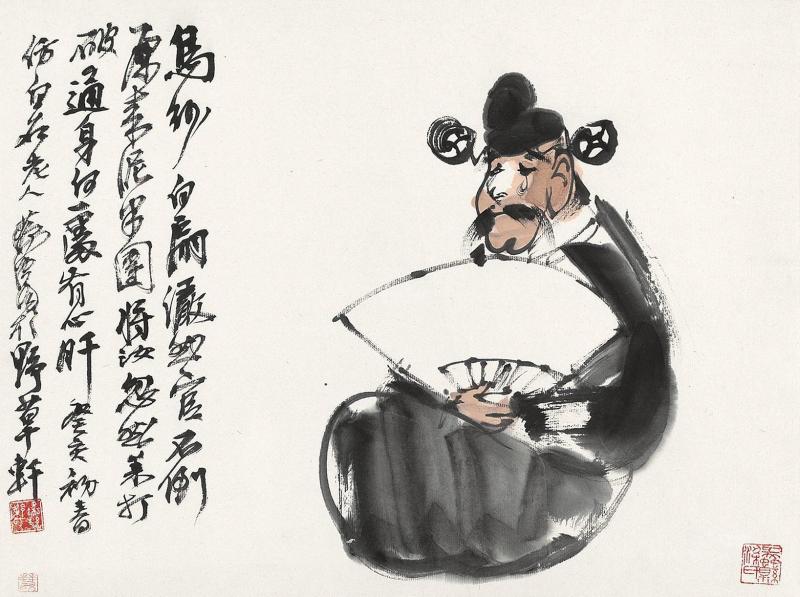
临水整乌纱。两鬓苍华。故乡心事在天涯。